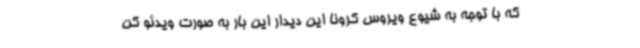
که با توجه به شیوع ویروس کرونا این دیدار این بار به صورت ویدئو کن